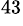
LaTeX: ^{43}